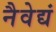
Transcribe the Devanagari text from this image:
नैवेद्यं